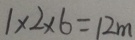
1 \times 2 \times 6 = 1 2 m